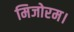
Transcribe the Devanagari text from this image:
मिजोरम।